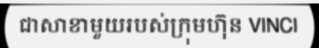
ជាសាខាមួយរបស់ក្រុមហ៊ុន VINCI